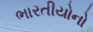
ભારતીયોનો